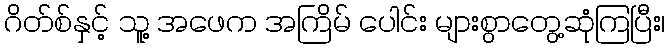
ဂိတ်စ်နှင့် သူ့ အဖေက အကြိမ် ပေါင်း များစွာတွေ့ဆုံကြပြီး၊